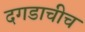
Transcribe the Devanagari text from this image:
दगडाचीच